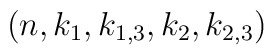
(n, k_1, k_{1,3}, k_2,k_{2,3})